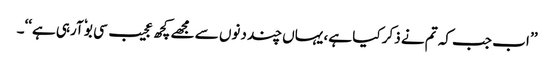
’’ اب جب کہ تم نے ذکر کیا ہے، یہاں چند دنوں سے مجھے کچھ عجیب سی بوٗ آرہی ہے‘‘۔